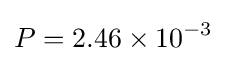
P=2.46\times 10^{-3}